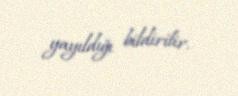
yayıldığı bildirilir.